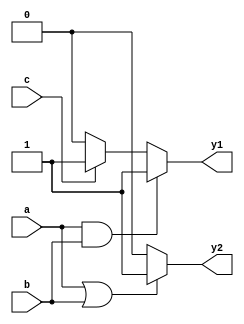
module combinational_logic (
    input wire a,       // Input signal a
    input wire b,       // Input signal b
    input wire c,       // Input signal c
    output reg y1,      // Output signal y1
    output reg y2       // Output signal y2
);

// Always block for combinational logic
always @ (a or b or c) begin
    // Default values
    y1 = 0;
    y2 = 0;

    // Logic for output y1
    if (a && b) begin
        y1 = 1; // y1 is high if both a and b are high
    end else if (c) begin
        y1 = 1; // y1 is high if c is high
    end

    // Logic for output y2
    if (a || b) begin
        y2 = 1; // y2 is high if either a or b is high
    end
end

endmodule